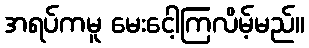
အရပ်ကမူ မေးငေါ့ကြလိမ့်မည်။